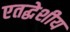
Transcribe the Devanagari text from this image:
एतद्धेशीय